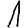
Digit: 1